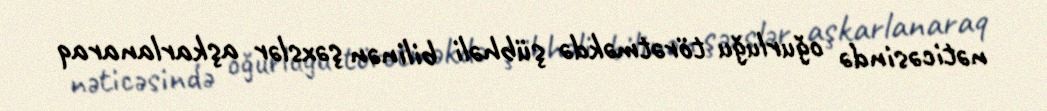
nəticəsində oğurluğu törətməkdə şübhəli bilinən şəxslər aşkarlanaraq